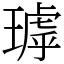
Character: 㻯